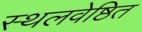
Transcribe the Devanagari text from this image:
स्थलवेष्ठित